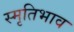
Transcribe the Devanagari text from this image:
स्मृतिभाव